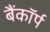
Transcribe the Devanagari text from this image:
बैंकॉर्प